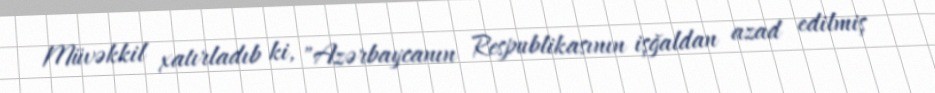
Müvəkkil xatırladıb ki, "Azərbaycanın Respublikasının işğaldan azad edilmiş